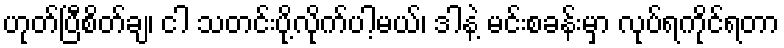
ဟုတ်ပြီစိတ်ချ၊ ငါ သတင်းပို့လိုက်ပါ့မယ်၊ ဒါနဲ့ မင်းစခန်းမှာ လုပ်ရကိုင်ရတာ